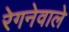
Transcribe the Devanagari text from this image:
रेगनेवाले